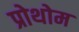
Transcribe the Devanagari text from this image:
प्रोथोम